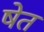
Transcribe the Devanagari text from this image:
षेत